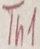
Text: Th1